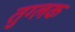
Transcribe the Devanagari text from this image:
तुग्लक